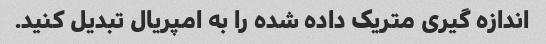
اندازه گیری متریک داده شده را به امپریال تبدیل کنید.